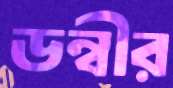
ডন্বীর